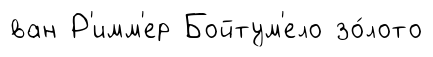
ван Р'имм'ер Бойтум'ело зо́лото